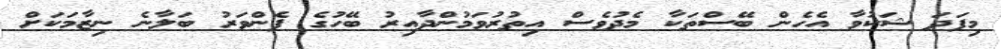
މިފަދަ ޝަކުވާ އެހެން ބޭސްތަކާ މެދުވެސް އިތުރުވަމުންދާއިރު ބޭހުގެ ފެންވަރު ބަލާނެ ނިޒާމަކަށް